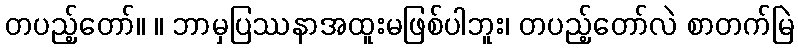
တပည့်တော်။ ။ ဘာမှပြဿနာအထူးမဖြစ်ပါဘူး၊ တပည့်တော်လဲ စာတက်မြဲ